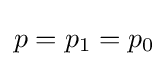
p=p_{1}=p_{0}